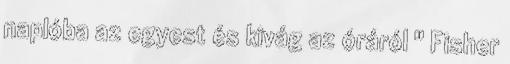
naplóba az egyest és kivág az óráról " Fisher